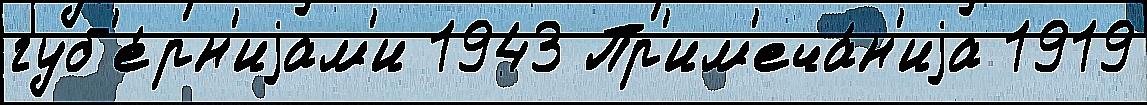
губ'е́рн'иjам'и 1943 Пр'им'еча́н'иjа 1919